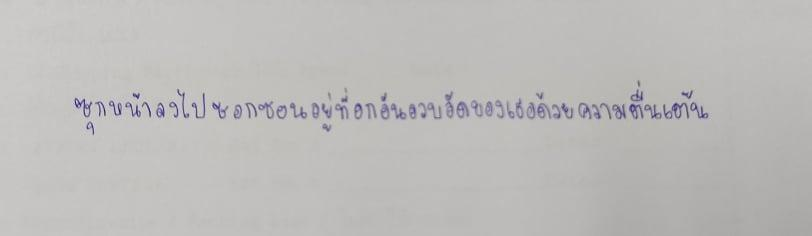
ซุกหน้าลงไปซอกซอนอยู่ที่อกอันอวบอัดของเธอด้วยความตื่นเต้น